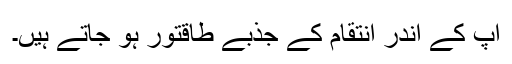
آپ کے اندر انتقام کے جذبے طاقتور ہو جاتے ہیں۔